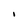
Character: i